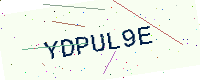
Text: YDPUL9E